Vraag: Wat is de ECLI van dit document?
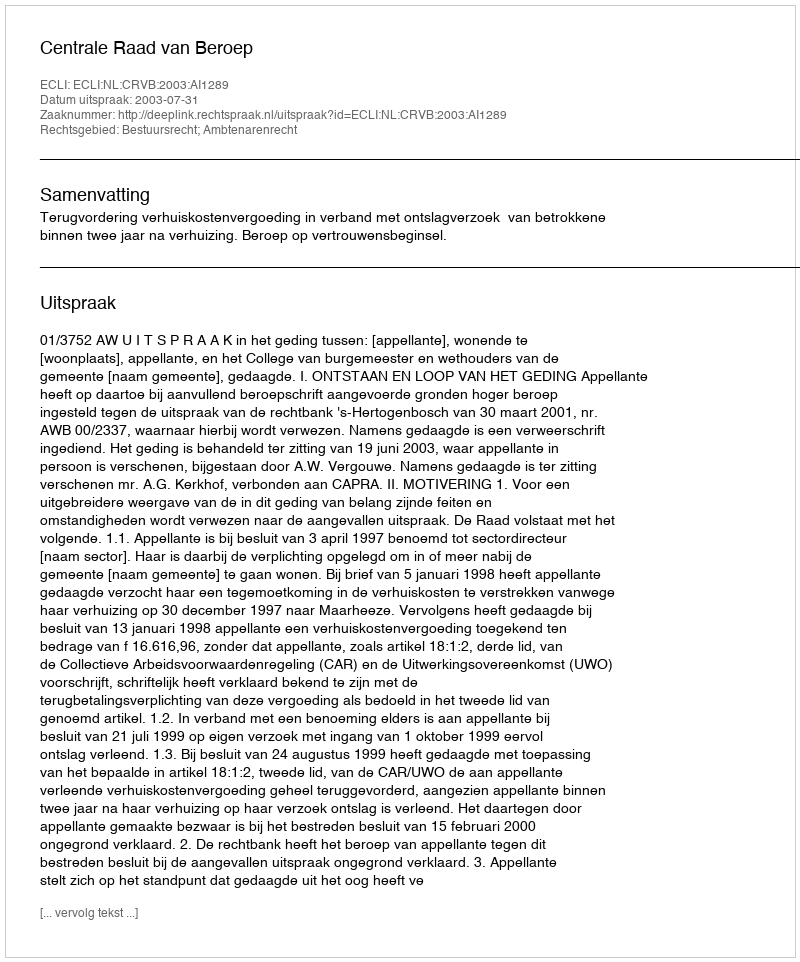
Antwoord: ECLI:NL:CRVB:2003:AI1289